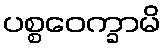
ပစ္စဝေက္ခာမိ